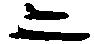
二